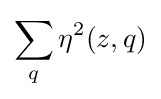
\sum _{q}\eta ^{2}(z,q)